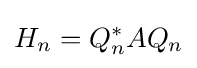
H_{n}=Q_{n}^{*}AQ_{n}